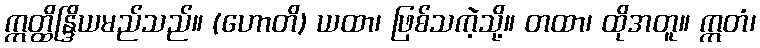
ဣတ္ထိန္ဒြိယမည်သည်။ (ဟောတိ) ယထာ၊ ဖြစ်သကဲ့သို့။ တထာ၊ ထိုအတူ။ ဣတံ၊